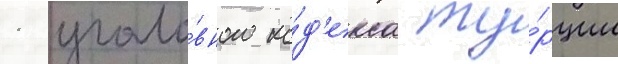
1 уголо́вного ко́д'екса ту́рции